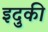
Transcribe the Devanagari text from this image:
इदुकी